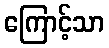
ကြောင့်သာ